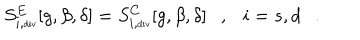
LaTeX: S _ { i , \tiny \mathrm { d i v } } ^ { E } [ g , \beta , \delta ] = S _ { i , \tiny \mathrm { d i v } } ^ { C } [ g , \beta , \delta ] , i = s , d .